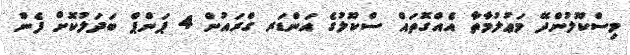
މިސްކޫލުންދޭ މަޢުލުމާތާ އެއްގޮތައް ސްކޫލުގެ އަންޑަރ ގްރައުން 4 ޕަންޕް ބަދަލުކޮށް ފެން